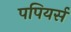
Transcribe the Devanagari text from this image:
पपियर्स